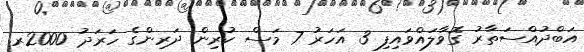
އަބްދުއްސަތާރު ގޮވާލައްވައިފި 3 އަހަރު 7 މަސް ކުރިން ދަރިންގެ ހަރަދު 2000ރ.